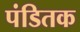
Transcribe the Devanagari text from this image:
पंडितक